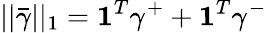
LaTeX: \vert\vert\bar{\gamma}\vert\vert_{1}=\mathbf{1}^{T}\gamma^{+}+\mathbf{1}^{T}\gamma^{-}